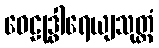
ဝေဠုဒွါရေယျသုတ္တံ